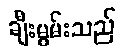
ချီးမွမ်းသည်